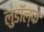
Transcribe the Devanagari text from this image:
लुडॉल्फ